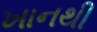
ખાનથી